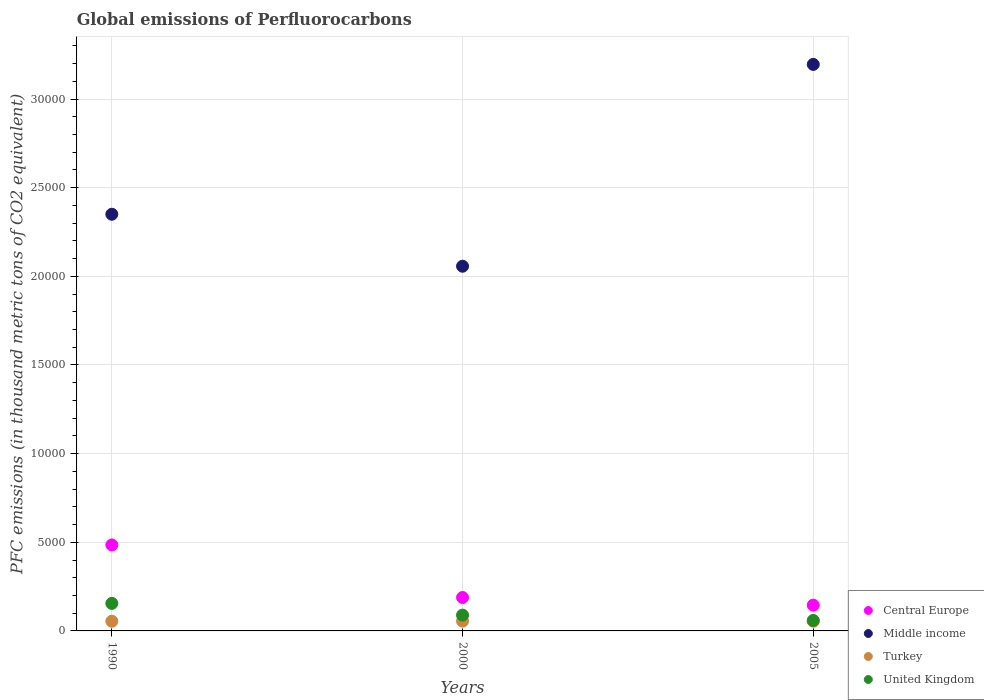
| Years | Central Europe | Middle income | Turkey | United Kingdom |
 | --- | --- | --- | --- | --- |
 | 1990 | 4.85e+03 | 2.35e+04 | 546 | 1.55e+03 |
 | 2000 | 1.88e+03 | 2.06e+04 | 555 | 890 |
 | 2005 | 1.45e+03 | 3.2e+04 | 546 | 591 |